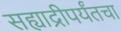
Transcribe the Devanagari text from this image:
सह्याद्रीपर्यंतचा